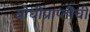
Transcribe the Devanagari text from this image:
बोधीप्राप्तीची